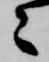
々